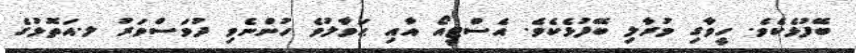
ބޭފުޅެކެވެ. ހީވާގި މުރާލި ބޭފުޅެކެވެ. އެސްޓީއޯ އާއި ޙަވާލުވެ ހުންނެވި ދުވަސްވަރު ލ.އަތޮޅުގެ